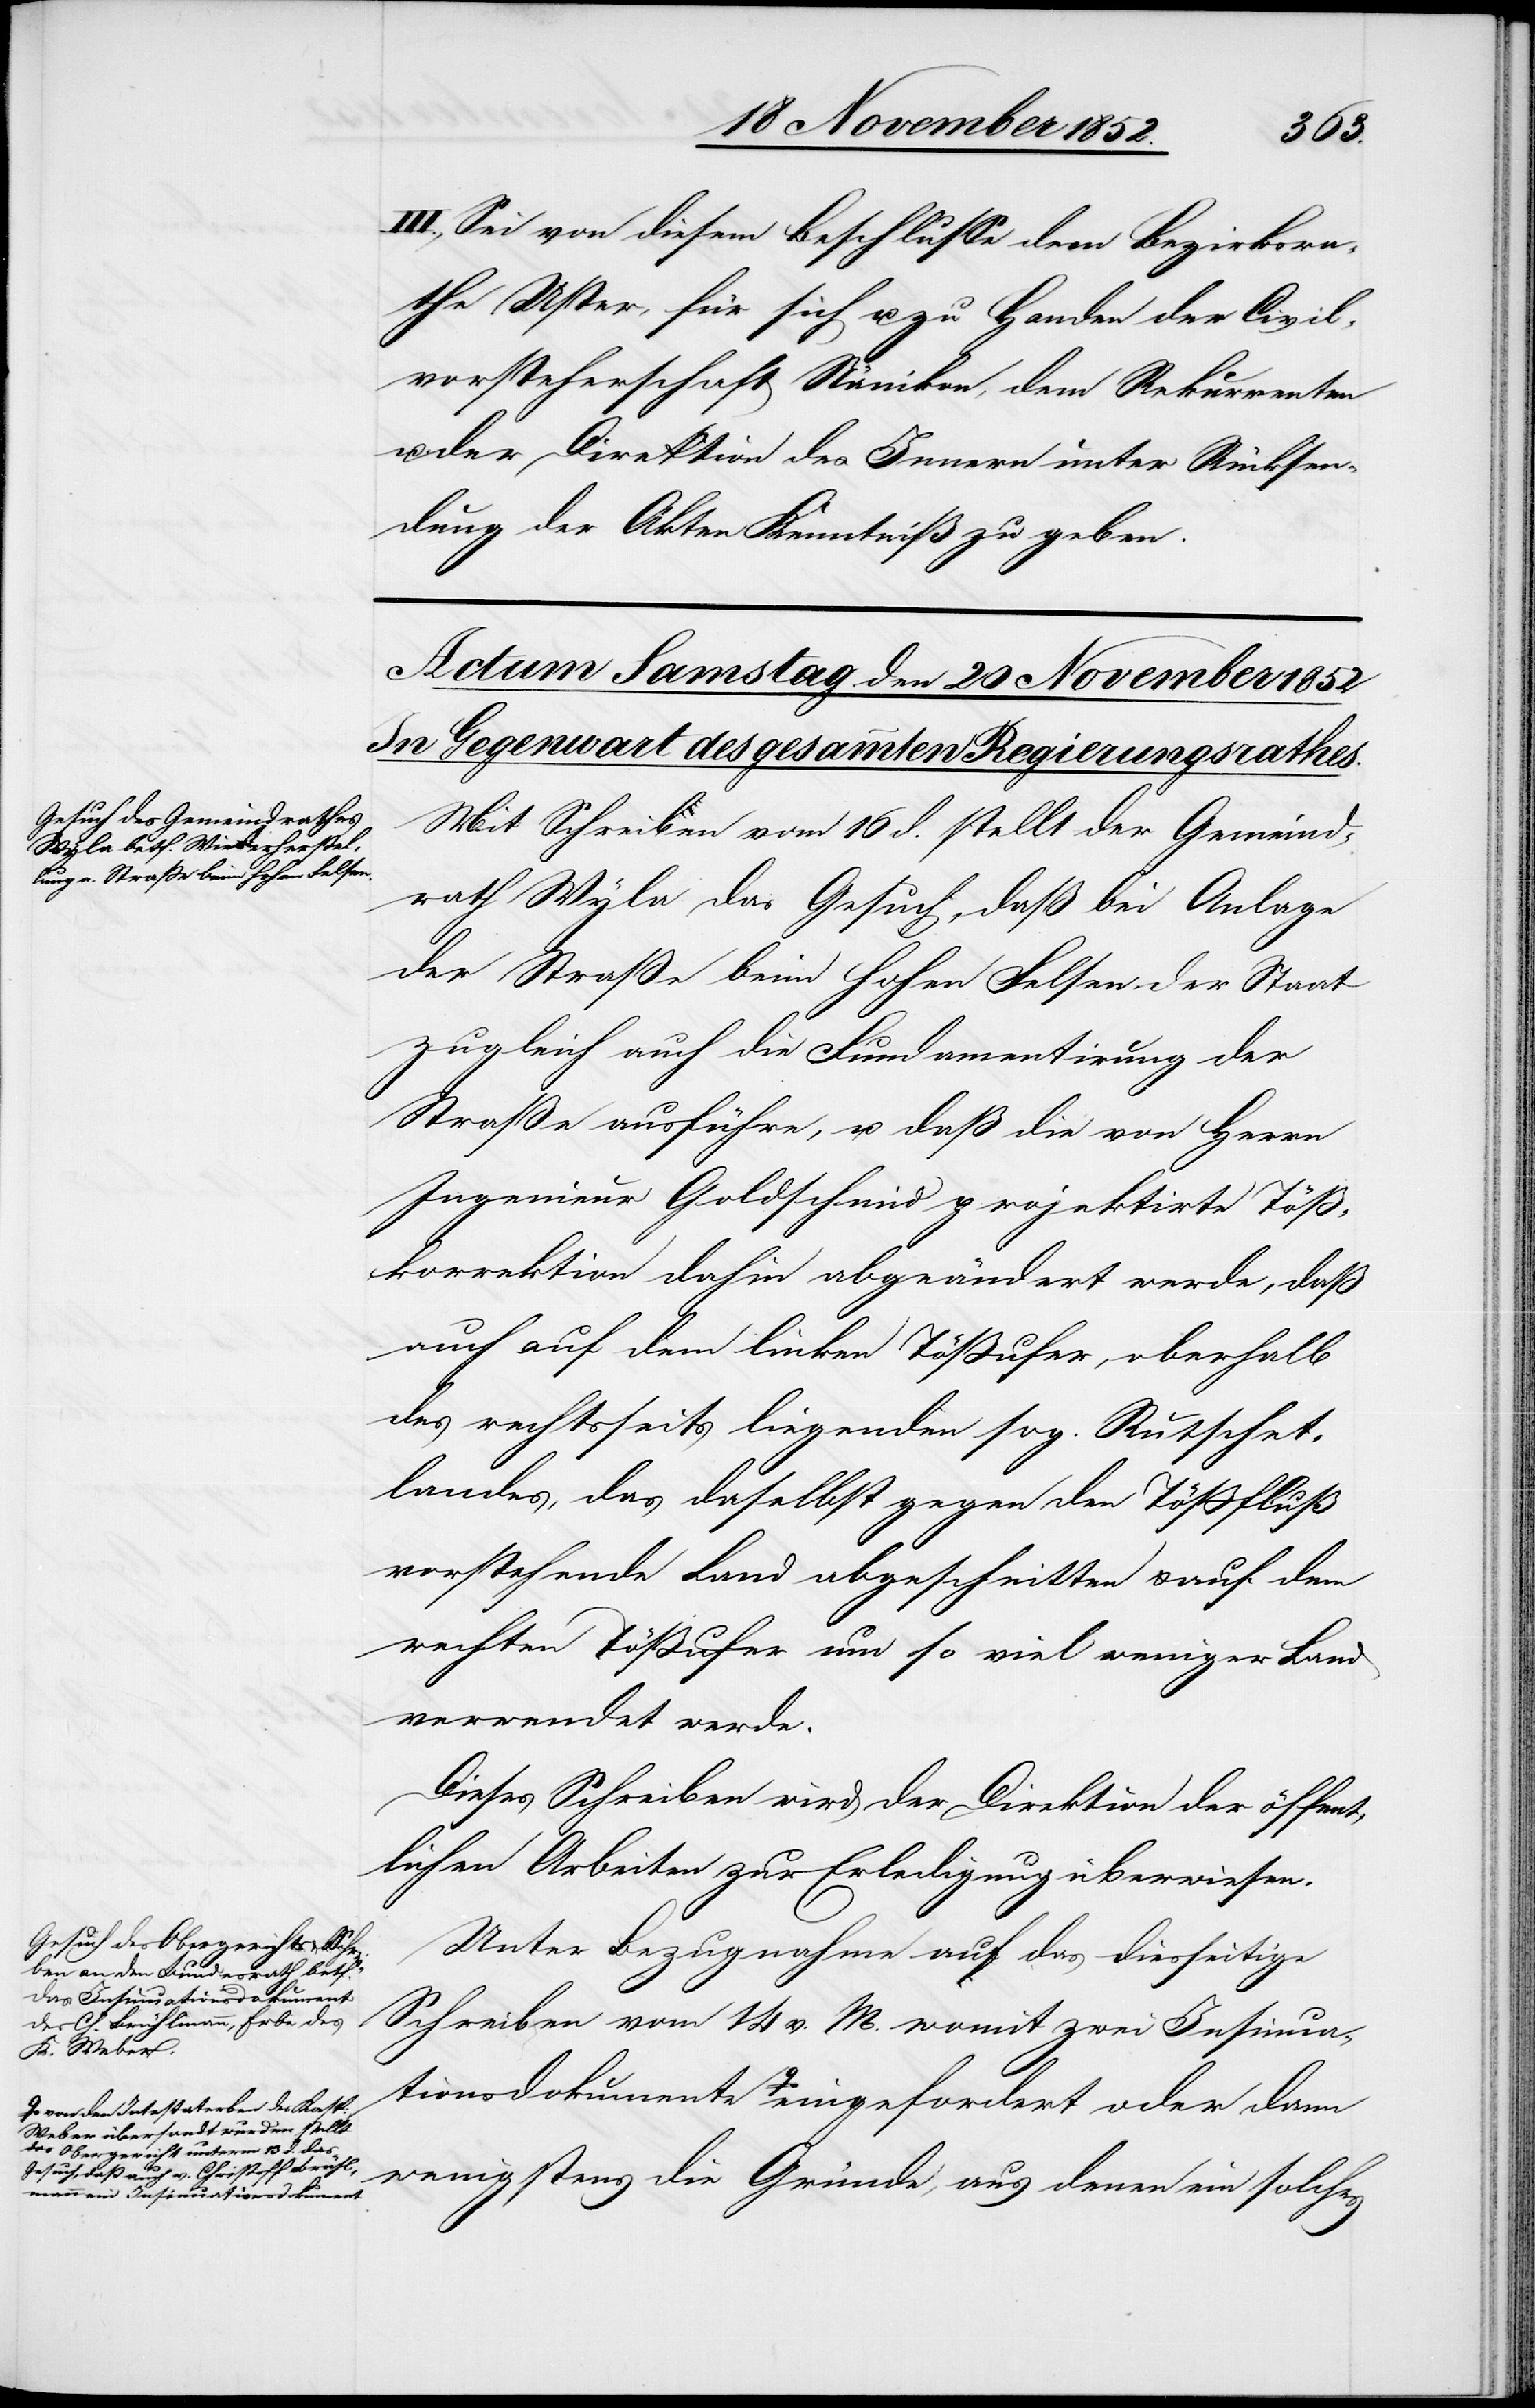
tionsdokumente a-von den Intestaterben
Weber übersandt wurden stellt
das Obergericht unterm 13 d. das
Gesuch, daß auch v. Christoff Brühl¬
mann ein Insinuatio¬

III., Sei von diesem Beschlusse dem Bezirksra¬
the Uster, für sich u. zu Handen der Civil¬
vorsteherschaft Nänikon, dem Rekurrenten
der Direktion des Innern unter Rücksen¬
dung der Akten Kenntniß zu geben.
Mit Schreiben vom 16 d. stellt der Gemeind¬
rath Wyla das Gesuch, daß bei Anlage
der Straße beim hohen Felsen der Staat
zugleich auch die Fundamentirung der
Straße ausführe, u. daß die von Herrn
Ingenieur Goldschmid projektirte Töß¬
korrektion dahin abgeändert werde, daß
auch auf dem linken Tößufer, oberhalb
des rechtsseits liegenden sog. Rutschet¬
landes, das daselbst gegen den Tößfluß
vorstehende Land abgeschnitten & auf dem
rechten Tößufer um so viel weniger Land
verwendet werde.
Dieses Schreiben wird der Direktion der öffent¬
lichen Arbeiten zur Erledigung überwiesen.
Unter Bezugnahme auf das diesseitige
Schreiben vom 14 v. M. womit zwei Insinua¬
nsdokument-a eingefordert oder dann
wenigstens die Gründe, aus denen ein solches